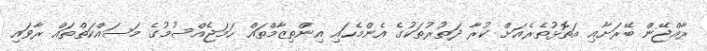
ރާއްޖޭން ބޭރަށާއި އަތޮޅުތެރެއަށް ކުރާ ދަތުރުތަކުގެ އެންމެހައި އިންތިޒާމްތައް ހަމަޖެއްސުމުގެ މަސައްކަތްތައް ރާވައި